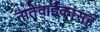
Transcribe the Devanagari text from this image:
नातेवाईंकांंसह